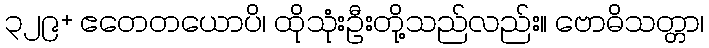
၃၂၉+ ဧတေတယောပိ၊ ထိုသုံးဦးတို့သည်လည်း။ ဗောဓိသတ္တာ၊